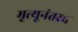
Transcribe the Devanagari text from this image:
मृत्यूनंतरच